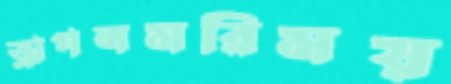
ড্রাগনমরিময়